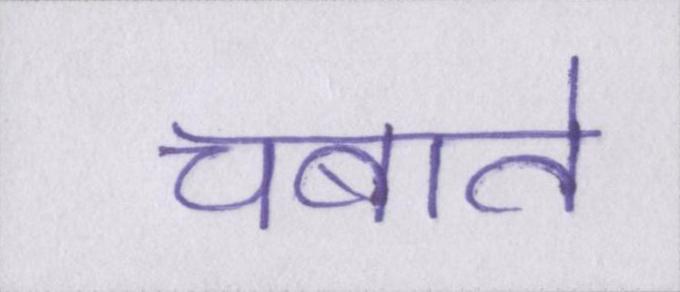
चबाते